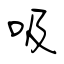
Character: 吸